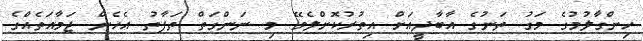
ހިންގާލުމުގެ މަގު ތަނުގެ އާބާދީއަށް އިތުރުކޮށްލެވޭ މި ނަންގަތް ތަފާތު އެހެން ޖަމާއަތެއްގެ